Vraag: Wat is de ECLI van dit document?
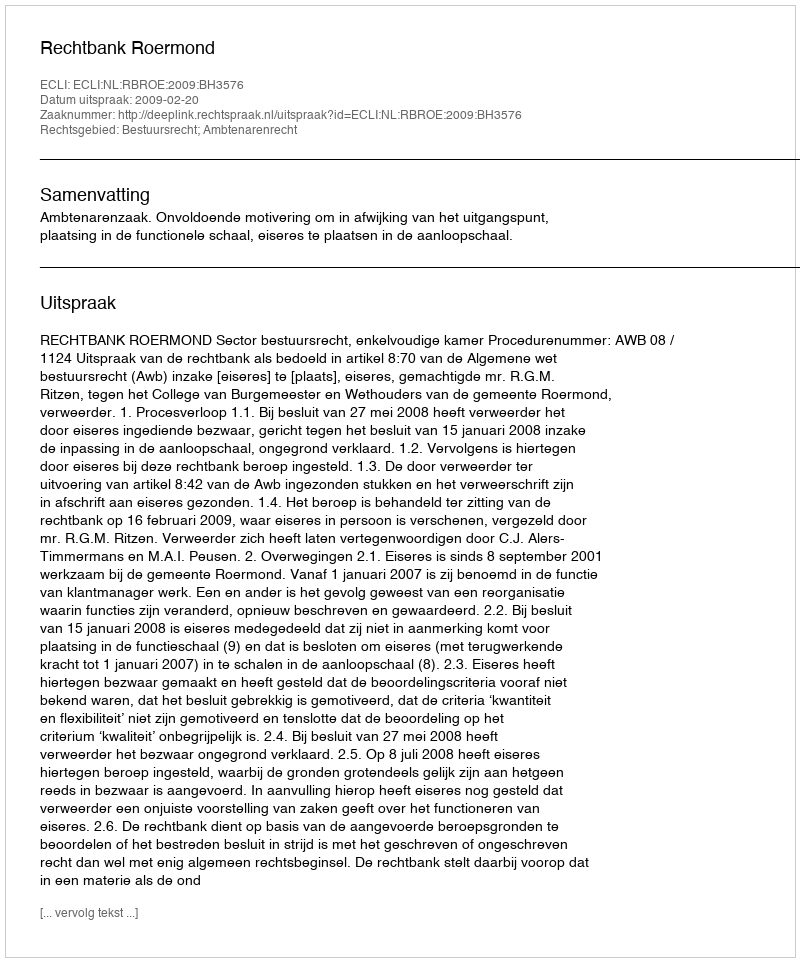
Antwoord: ECLI:NL:RBROE:2009:BH3576